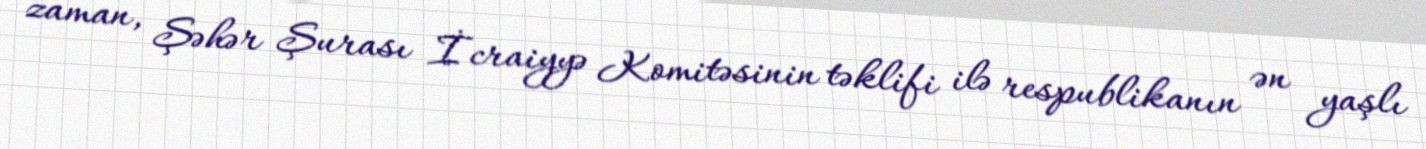
zaman, Şəhər Şurası İcraiyyə Komitəsinin təklifi ilə respublikanın ən yaşlı